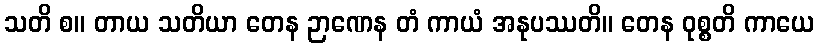
သတိ စ။ တာယ သတိယာ တေန ဉာဏေန တံ ကာယံ အနုပဿတိ။ တေန ဝုစ္စတိ ကာယေ